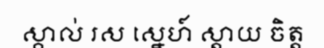
ស្គាល់ រស ស្នេហ៍ ស្តាយ ចិត្ត